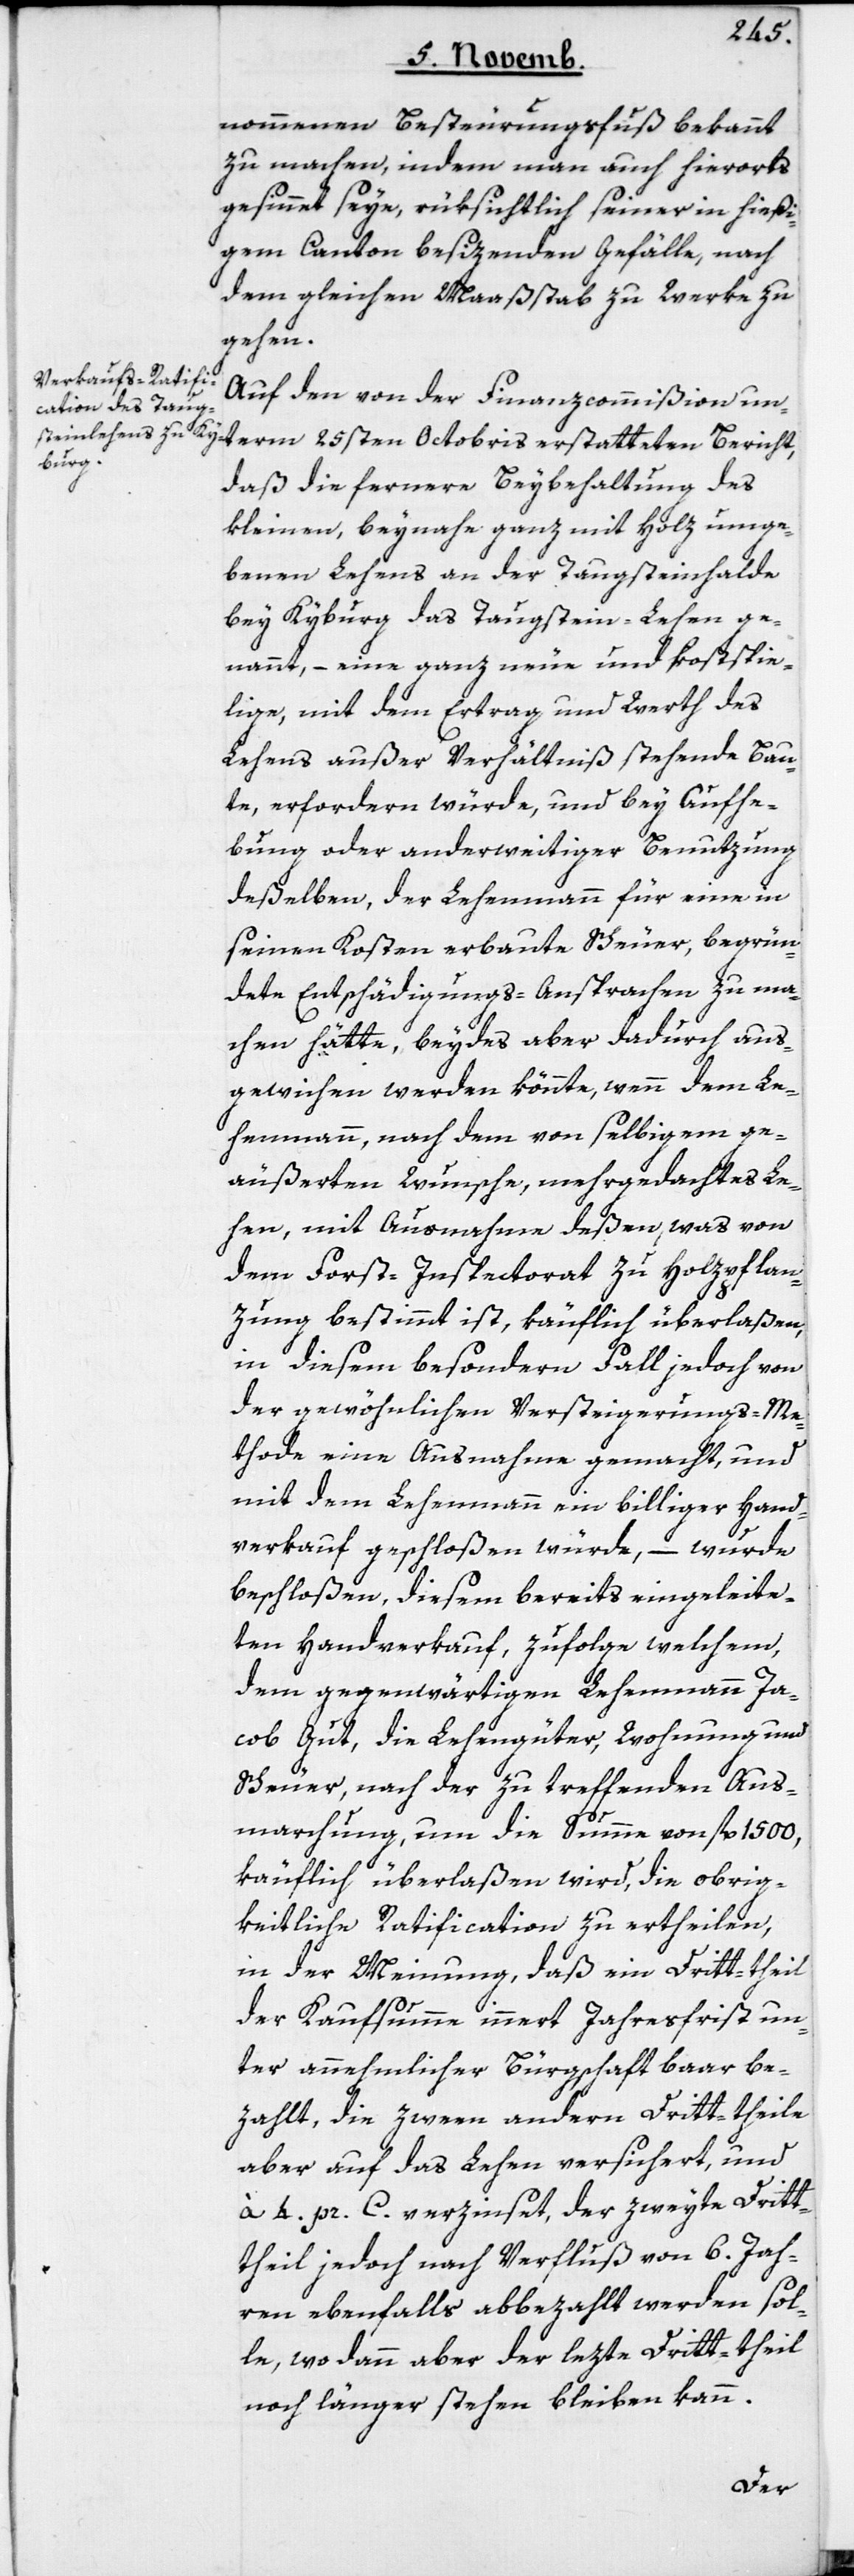
mmenen Besteurungsfuß bekannt
zu machen, indem man auch hierorts
gesinnet seye, rüksichtlich seiner in hießi¬
gem Canton besizenden Gefälle, nach
dem gleichen Maaßstab zu Werke zu
gehen.
Auf den von der Finanzcommißion un¬
term 25sten Octobris erstatteten Bericht,
daß die fernere Beybehaltung des
kleinen, beynahe ganz mit Holz umge¬
benen Lehens an der Taugsteinhalde
bey Kyburg, das Taugstein-Lehen ge¬
nannt, – eine ganz neue und kostspie¬
lige, mit dem Ertrag und Werth des
Lehens außer Verhältniß stehende Bau¬
te, erfordern würde, und bey Aufhe¬
bung oder anderweitiger Benutzung
deßelben, der Lehenmann für eine in
seinen Kosten erbaute Scheuer, begrün¬
dete Entschädigungs-Ansprachen zu ma¬
chen hätte, beydes aber dadurch aus¬
gewichen werden könnte, wenn dem Le¬
henmann, nach dem von selbigem ge¬
äußerten Wunsche, mehrgedachtes Le¬
hen, mit Ausnahme deßen, was von
dem Forst-Inspectorat zu Holzpflan¬
zung bestimmt ist, käuflich überlaßen,
in diesem besondern Fall jedoch von
der gewöhnlichen Versteigerungs-Me¬
thode eine Ausnahme gemacht, und
mit dem Lehenmann ein billiger Hand¬
verkauf geschloßen würde, – wurde
beschloßen, diesem bereits eingeleite¬
ten Handverkauf, zufolge welchem,
dem gegenwärtigen Lehenmann Ja¬
cob Gut, die Lehengüter, Wohnung und
Scheuer, nach der zu treffenden Aus¬
marchung, um die Summe von fl. 1500,
käuflich überlaßen wird, die obrig¬
keitliche Ratification zu ertheilen,
in der Meinung, daß ein Dritt-theil
der Kaufsumme innert Jahresfrist un¬
ter annehmlicher Bürgschaft baar be¬
zahlt, die zween andern Dritt-theile
aber auf das Lehen versichert, und
à 4. pr. C. verzinset, der zweyte Drit¬
theil jedoch nach Verfluß von 6. Jah¬
ren ebenfalls abbezahlt werden sol¬
le, wo dann aber der lezte Dritt-theil
noch länger stehen bleiben kann.